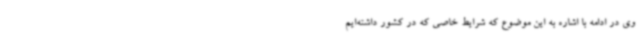
وی در ادامه با اشاره به این موضوع که شرایط خاصی که در کشور داشته‌ایم